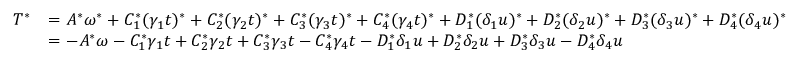
\begin{array} { r l } { T ^ { \ast } } & { = A ^ { \ast } \omega ^ { \ast } + C _ { 1 } ^ { \ast } ( \gamma _ { 1 } t ) ^ { \ast } + C _ { 2 } ^ { \ast } ( \gamma _ { 2 } t ) ^ { \ast } + C _ { 3 } ^ { \ast } ( \gamma _ { 3 } t ) ^ { \ast } + C _ { 4 } ^ { \ast } ( \gamma _ { 4 } t ) ^ { \ast } + D _ { 1 } ^ { \ast } ( \delta _ { 1 } u ) ^ { \ast } + D _ { 2 } ^ { \ast } ( \delta _ { 2 } u ) ^ { \ast } + D _ { 3 } ^ { \ast } ( \delta _ { 3 } u ) ^ { \ast } + D _ { 4 } ^ { \ast } ( \delta _ { 4 } u ) ^ { \ast } } \\ & { = - A ^ { \ast } \omega - C _ { 1 } ^ { \ast } \gamma _ { 1 } t + C _ { 2 } ^ { \ast } \gamma _ { 2 } t + C _ { 3 } ^ { \ast } \gamma _ { 3 } t - C _ { 4 } ^ { \ast } \gamma _ { 4 } t - D _ { 1 } ^ { \ast } \delta _ { 1 } u + D _ { 2 } ^ { \ast } \delta _ { 2 } u + D _ { 3 } ^ { \ast } \delta _ { 3 } u - D _ { 4 } ^ { \ast } \delta _ { 4 } u } \end{array}